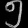
Digit: ၅